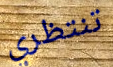
تنتظري